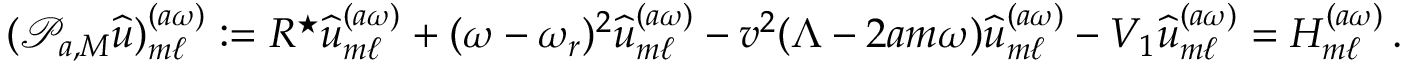
( \mathcal { P } _ { a , M } { \widehat { u } } ) _ { m \ell } ^ { ( a \omega ) } : = R ^ { \star } { \widehat { u } } _ { m \ell } ^ { ( a \omega ) } + ( \omega - \omega _ { r } ) ^ { 2 } { \widehat { u } } _ { m \ell } ^ { ( a \omega ) } - v ^ { 2 } ( \Lambda - 2 a m \omega ) { \widehat { u } } _ { m \ell } ^ { ( a \omega ) } - V _ { 1 } { \widehat { u } } _ { m \ell } ^ { ( a \omega ) } = H _ { m \ell } ^ { ( a \omega ) } \, .